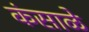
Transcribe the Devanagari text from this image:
कंसाळे